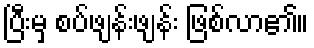
ပြီးမှ စပ်ဖျန်းဖျန်း ဖြစ်လာ၏။